Note on the mental hospitals in Burma - 1925-1940
Year: 1925
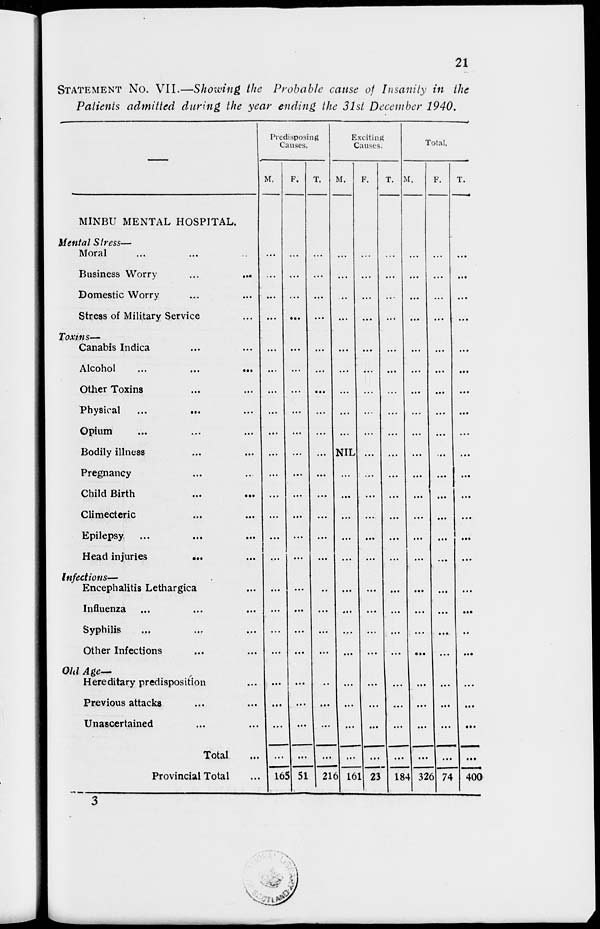
21
STATEMENT No. VII.—Showing the Probable cause of Insanity in the
Patients admitted during the year ending the 31st December 1940.
—
MINBU MENTAL HOSPITAL.
Mental Stress—
Moral ... ... ...
Business Worry ... ...
Domestic Worry ... ...
Stress of Military Service ...
Toxins—
Canabis Indica ... ...
Alcohol
...
...
...
Other Toxins ... ...
Physical ... ... ...
Opium ... ... ...
Bodily illness ... ...
Pregnancy ... ...
Child Birth ... ...
Climecteric ... ...
Epilepsy ... ... ...
Head injuries
...
...
Infections—
Encephalitis Lethargica ...
Influenza ... ... ...
Syphilis ... ... ...
Other Infections ... ...
Old Age—
Hereditary predisposition ...
Previous attacks ... ...
Unascertained ... ...
Total ...
Provincial Total ...
Predisposing
Causes.
M.
...
...
...
...
...
...
...
...
...
...
...
...
...
...
...
...
...
...
...
...
...
...
...
165
F.
...
...
...
...
...
...
...
...
...
...
...
...
...
...
...
...
...
...
...
...
...
...
...
51
T.
...
...
...
...
...
...
...
...
...
...
...
...
...
...
...
...
...
...
...
...
...
...
...
216
Exciting
Causes.
M.
...
...
...
...
...
...
...
...
...
NIL
...
...
...
...
...
...
...
...
...
...
...
...
...
161
F.
...
...
...
...
...
...
...
...
...
...
...
...
...
...
...
...
...
...
...
...
...
...
...
23
T.
...
...
...
...
...
...
...
...
...
...
...
...
...
...
...
...
...
...
...
...
...
...
...
184
Total.
M.
...
...
...
...
...
...
...
...
...
...
...
...
...
...
...
...
...
...
...
...
...
...
...
326
F.
...
...
...
...
...
...
...
...
...
...
...
...
...
...
...
...
...
...
...
...
...
...
...
74
T.
...
...
...
...
...
...
...
...
...
...
...
...
...
...
...
...
...
...
...
...
...
...
...
400
3